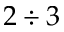
2 \div 3 \nobreakspace